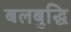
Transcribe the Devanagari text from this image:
बलबुद्धि